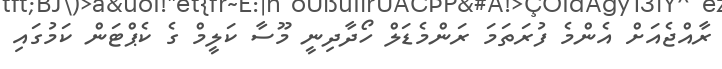
ރާއްޖެއަށް އެންމެ ފުރަތަމަ ރަންމެޑަލް ހޯދާދިނީ މޫސާ ކަލީމް ގެ ކެޕްޓަން ކަމުގައި